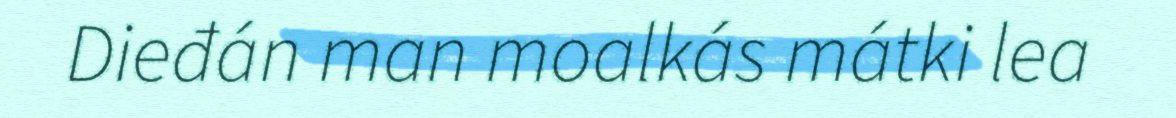
Dieđán man moalkás mátki lea